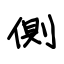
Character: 側